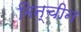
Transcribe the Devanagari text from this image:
मिन्चीन